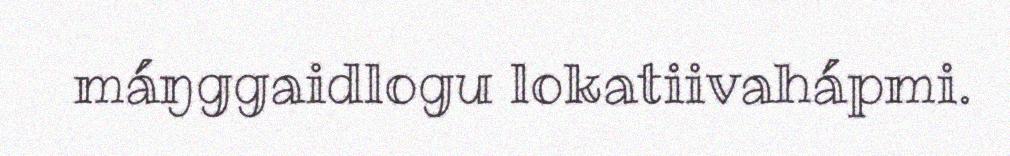
máŋggaidlogu lokatiivahápmi.